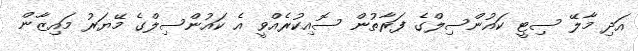
އަދި މާލޭ ސިޓީ ކައުންސިލްގެ ފަރާތުން ސޮއިކުރެއްވީ އެ ކައުންސިލްގެ މޭޔަރު މައިޒާން